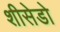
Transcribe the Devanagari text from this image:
शीसेडो